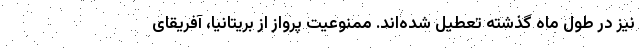
نیز در طول ماه گذشته تعطیل شده‌اند. ممنوعیت پرواز از بریتانیا، آفریقای